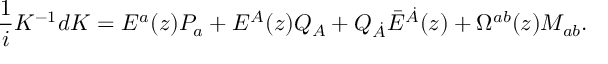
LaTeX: { \frac { 1 } { i } } K ^ { - 1 } d K = E ^ { a } ( z ) P _ { a } + E ^ { A } ( z ) Q _ { A } + Q _ { \dot { A } } \bar { E } ^ { \dot { A } } ( z ) + \Omega ^ { a b } ( z ) M _ { a b } .